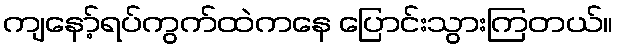
ကျနော့်ရပ်ကွက်ထဲကနေ ပြောင်းသွားကြတယ်။